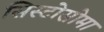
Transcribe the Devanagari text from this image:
सिस्टोसोमा